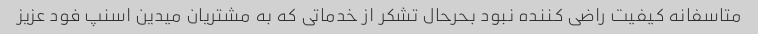
متاسفانه کیفیت راضی کننده نبود بحرحال تشکر از خدماتی که به مشتریان میدین اسنپ فود عزیز